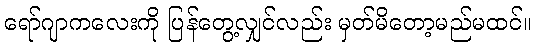
ရော်ဂျာကလေးကို ပြန်တွေ့လျှင်လည်း မှတ်မိတော့မည်မထင်။